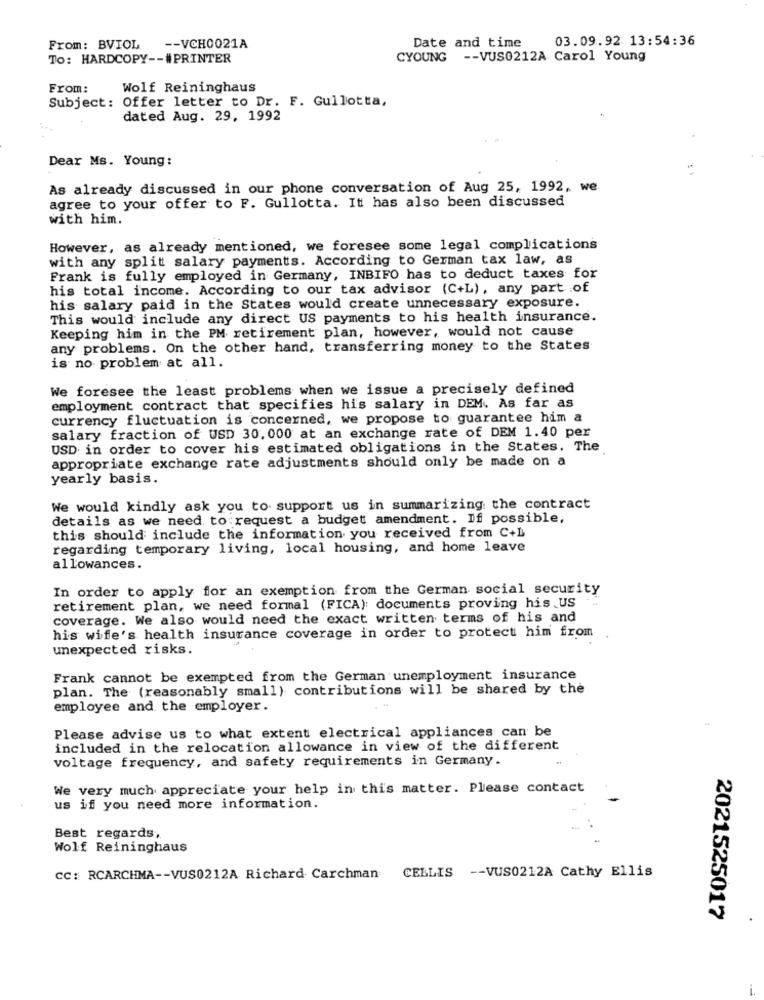
03.09.92 13:54:36
From: BVIOL
-- VCH0021A
Date and time
To: HARDCOPY -- #PRINTER
CYOUNG -- VUS0212A Carol Young
From:
Wolf Reininghaus
Subject: Offer letter to Dr. F. Gullotta,
dated Aug. 29, 1992
Dear Ms. Young:
As already discussed in our phone conversation of Aug 25, 1992, we
agree to your offer to F. Gullotta. It has also been discussed
with him.
However, as already mentioned, we foresee some legal complications
with any split salary payments. According to German tax law, as
Frank is fully employed in Germany, INBIFO has to deduct taxes for
his total income. According to our tax advisor (C+L), any part of
his salary paid in the States would create unnecessary exposure.
This would include any direct US payments to his health insurance.
Keeping him in the PM retirement plan, however, would not cause
any problems. On the other hand, transferring money to the States
is no problem at all.
We foresee the least problems when we issue a precisely defined
employment contract that specifies his salary in DEM. As far as
currency fluctuation is concerned, we propose to guarantee him a
salary fraction of USD 30, 000 at an exchange rate of DEM 1.40 per
USD in order to cover his estimated obligations in the States. The
appropriate exchange rate adjustments should only be made on a
yearly basis.
We would kindly ask you to support us in summarizing the contract
details as we need to request a budget amendment. If possible,
this should include the information you received from C+L
regarding temporary living, local housing, and home leave
allowances.
In order to apply for an exemption from the German social security
retirement plan, we need formal (FICA): documents proving his US
coverage. We also would need the exact written terms of his and
his wife's health insurance coverage in order to protect him from
unexpected risks.
Frank cannot be exempted from the German unemployment insurance
plan. The (reasonably small) contributions will be shared by the
employee and the employer.
Please advise us to what extent electrical appliances can be
included in the relocation allowance in view of the different
voltage frequency, and safety requirements in Germany.
We very much appreciate your help in this matter. Please contact
us if you need more information.
Best regards.
Wolf Reininghaus
cc: RCARCHMA -- VUS0212A Richard Carchman CELLIS -- VUS0212A Cathy Ellis
2021525017